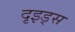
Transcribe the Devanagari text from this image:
दृइड्स